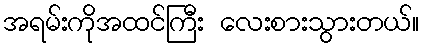
အရမ်းကိုအထင်ကြီး လေးစားသွားတယ်။